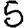
Digit: 5